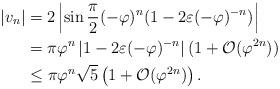
LaTeX: \begin{align*}|v_n|&= 2 \left| \sin \frac{\pi}{2} (-\varphi)^{n} (1 - 2\varepsilon(-\varphi)^{-n})\right| \\&= \pi \varphi^{n} \, |1 - 2\varepsilon(-\varphi)^{-n}| \, (1+\mathcal{O}(\varphi^{2n})) \\&\leq \pi \varphi^n\sqrt{5} \left( 1+\mathcal{O}(\varphi^{2n})\right) .\end{align*}